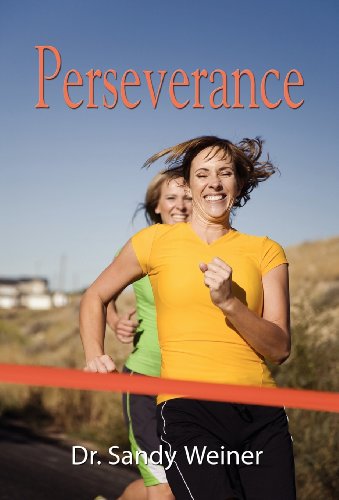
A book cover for Perseverance: Women Living with Bipolar Disorder; Sandy Weiner; Health, Fitness & Dieting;